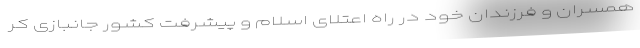
همسران و فرزندان خود در راه اعتلای اسلام و پیشرفت کشور جانبازی کر